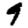
Digit: 9